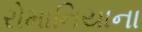
રોમાનિયાના